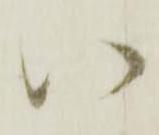
い